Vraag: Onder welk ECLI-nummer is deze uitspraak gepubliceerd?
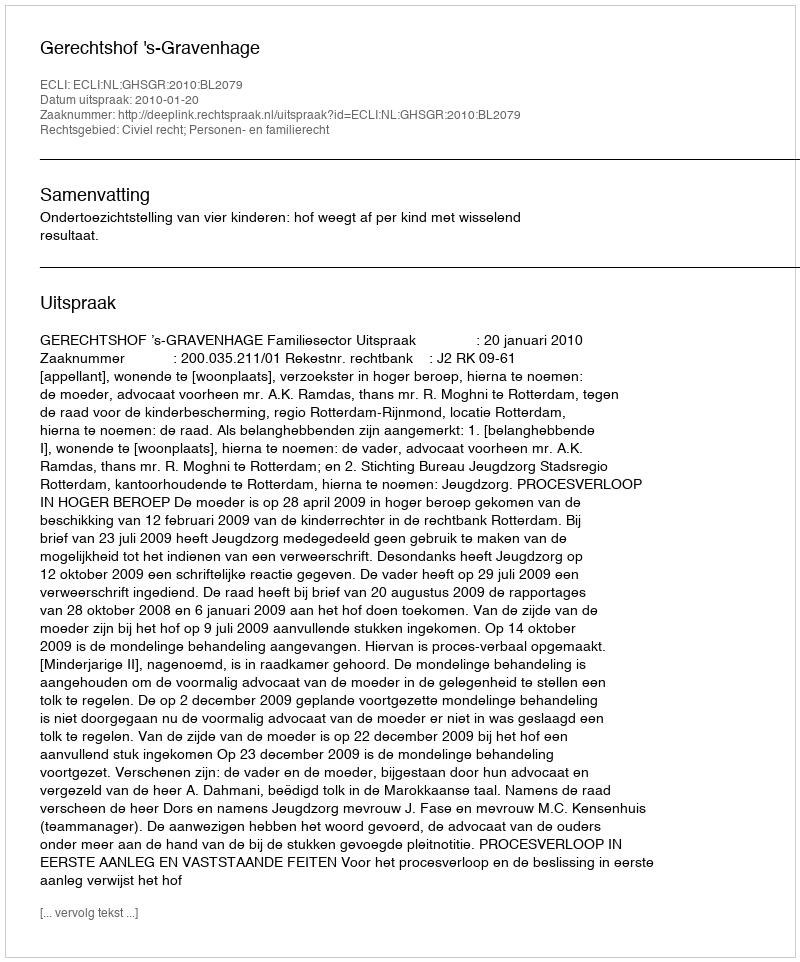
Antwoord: ECLI:NL:GHSGR:2010:BL2079